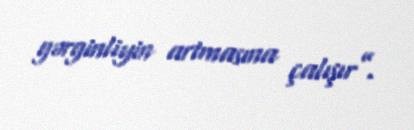
gərginliyin artmasına çalışır”.